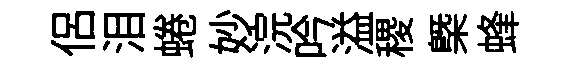
侣泪蜷妙浣吟溢稷槩蜂